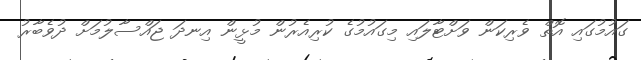
ގައުމުގައި އޮތް ވެރިކަން ވަށްޓާލައި މިގައުމުގެ ކުރިއެރުން މުޅީން އިނދަ ޖައްސާލުމަށް ދުވެބާރު